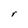
Character: r